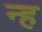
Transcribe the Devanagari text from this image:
न्ह